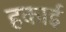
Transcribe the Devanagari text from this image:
हकाई